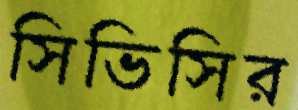
সিভিসির